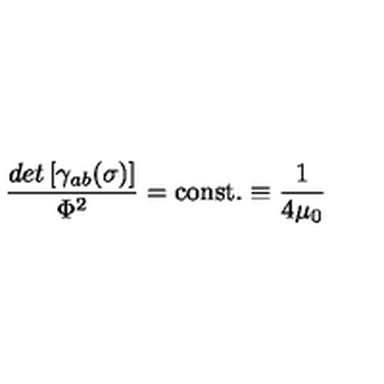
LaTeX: { \frac { d e t \left[ \gamma _ { a b } ( \sigma ) \right] } { \Phi ^ { 2 } } } = \mathrm { c o n s t . } \equiv { \frac { 1 } { 4 \mu _ { 0 } } }